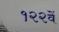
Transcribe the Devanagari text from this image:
१२२वें